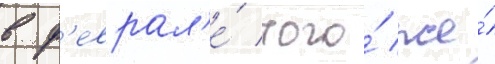
в ф'еврал'е́ того́ же́